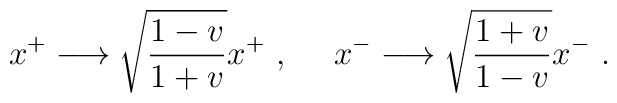
x^+\longrightarrow \sqrt{{1-v\over 1+v}}x^+\ ,\ \ \ \ x^-\longrightarrow \sqrt{{1+v\over 1-v}}x^-\ .